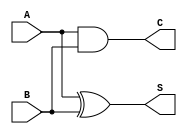
`timescale 1ns / 1ps
//////////////////////////////////////////////////////////////////////////////////
// Company: 
// Engineer: 
// 
// Design Name: 
// Module Name: Adder_16
// Project Name: 
// Target Devices: 
// Tool Versions: 
// Description: 
// 
// Dependencies: 
// 
// Revision:
// Revision 0.01 - File Created
// Additional Comments:
// 
//////////////////////////////////////////////////////////////////////////////////


module halfAdder(
input A,
input B,
output S,
output C
);

assign S=A^B;
assign C=A&B;

endmodule

module fullAdder(
input A,
input B,
input C,
output S,
output Carry
);

assign S=A^B^C;
assign Carry=(A&C)|(A&B)|(B&C);
endmodule

module Adder16(
input[15:0] x,
input[15:0] y,
output[15:0] s
);

wire[14:0] c;
halfAdder ha(x[0],y[0],s[0],c[0]);

genvar i;

for(i=1;i<=14;i=i+1) begin
fullAdder fa(x[i],y[i],c[i-1],s[i],c[i]);
end

assign s[15]=x[15]^y[15]^c[14];
endmodule